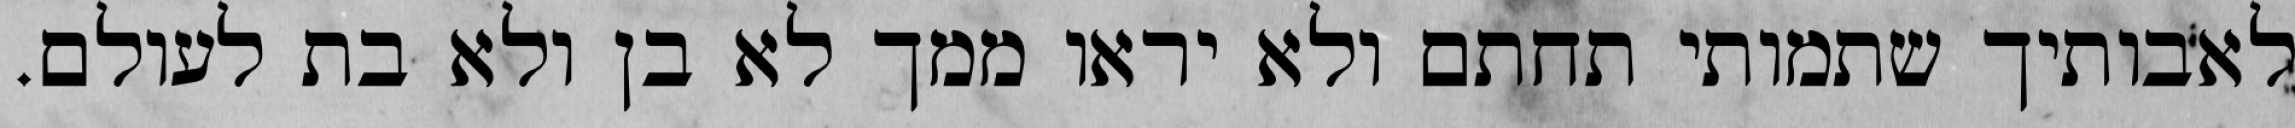
לאבותיך שתמותי תחתם ולא יראו ממך לא בן ולא בת לעולם.